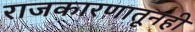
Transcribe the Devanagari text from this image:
राजकारणातूनही